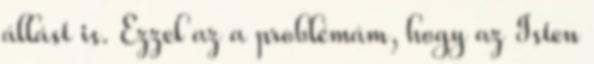
állást is. Ezzel az a problémám, hogy az Isten